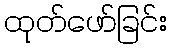
ထုတ်ဖော်ခြင်း